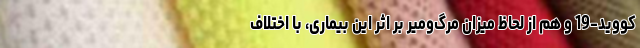
کووید-19 و هم از لحاظ میزان مرگ‌ومیر بر اثر این بیماری، با اختلاف